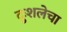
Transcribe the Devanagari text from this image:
दुःशलेचा